Lunatic asylums Central Provinces reports 1895-1909 - 1895-1909
Year: 1895
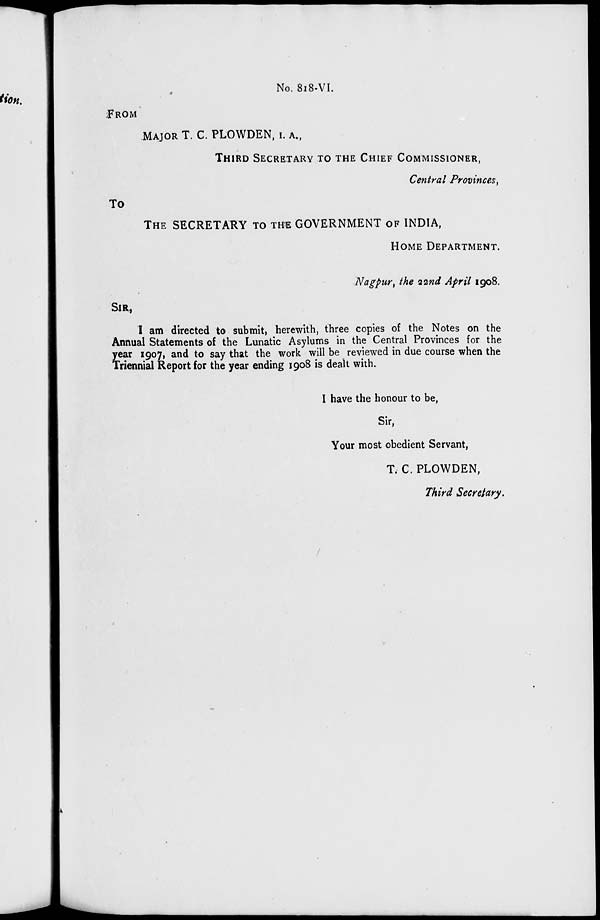
No. 818-VI.
FROM
MAJOR T. C. PLOWDEN, I. A.,
THIRD SECRETARY TO THE CHIEF COMMISSIONER,
Central Provinces,
To
THE SECRETARY TO THE GOVERNMENT OF INDIA,
HOME DEPARTMENT.
Nagpur, the 22nd April 1908.
SIR,
I am directed to submit, herewith, three copies of the Notes on the
Annual Statements of the Lunatic Asylums in the Central Provinces for the
year 1907, and to say that the work will be reviewed in due course when the
Triennial Report for the year ending 1908 is dealt with.
I have the honour to be,
Sir,
Your most obedient Servant,
T. C. PLOWDEN,
Third Secretary.